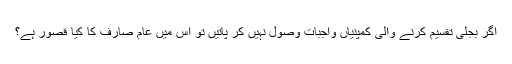
اگر بجلی تقسیم کرنے والی کمپنیاں واجبات وصول نہیں کر پاتیں تو اس میں عام صارف کا کیا قصور ہے؟